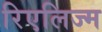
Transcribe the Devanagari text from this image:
रिएलिज्म